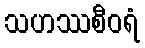
သဟဿစီဝရံ